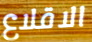
الاقلاع